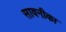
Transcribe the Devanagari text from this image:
सावनीका